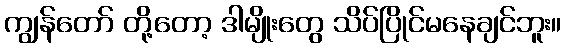
ကျွန်တော် တို့တော့ ဒါမျိုးတွေ သိပ်ပြိုင်မနေချင်ဘူး။